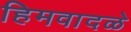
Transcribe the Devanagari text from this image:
हिमवादळे